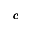
\pmb { c }